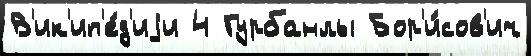
В'ик'ип'е́д'иjи 4 Гурбанлы Бор'и́сов'ич